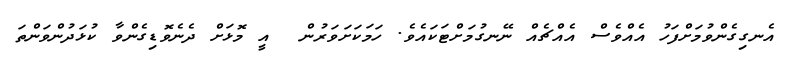
އެނގިގެންވުމަށްފަހު އެއްވެސް އެއްޗެއް ނޭނގުމަށްޓަކައެވެ. ހަމަކަށަވަރުން  އީ މޮޅަށް ދެނެވޮޑިގެންވާ ކުޅަދުންވަންތަ